Annual statistical returns and brief notes on vaccination in Bengal - 1896-1909
Year: 1896
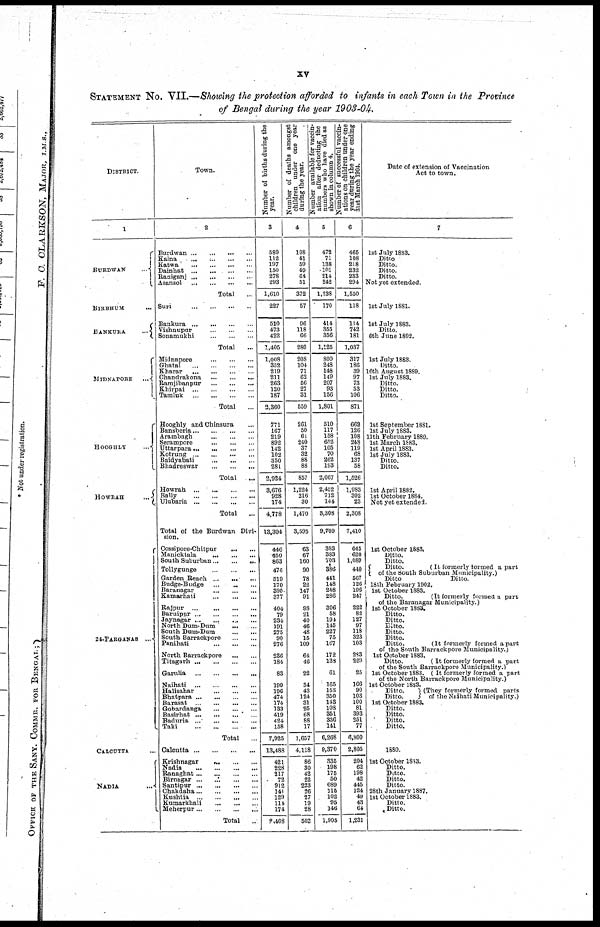
xv
STATEMENT No. VII.—Showing the protection afforded to infants in each Town in the Province
of Bengal during the year 1903-04.
DISTRICT.
1
BURDWAN
...
BIRBHUM ...
BANKURA
...
MIDNAPORE
...
HOOGHLY ...
HOWRAH
...
24-PARGANAS ...
CALCUTTA ...
NADIA ...
Town.
2
Burdwan
...
...
...
...
Kalna
...
...
...
...
Katwa
...
...
...
...
Dainhat
...
...
...
...
Raniganj
...
...
...
...
Asansol
...
...
...
...
Total ...
Suri
...
...
...
...
Bankura
...
...
...
...
Vishnupur ... ... ... ...
Sonamukhi
...
...
...
Total ...
Midnapore
...
...
...
Ghatal
...
...
...
...
Kharar
...
...
...
...
Chandrakona
...
...
...
Ramjibanpur
...
...
...
Khirpai
...
...
...
...
Tamluk
...
...
...
...
Total ...
Hooghly and Chinsura ...
Bansberia ... ... ... ...
Arambagh
...
...
...
Serampore ... ... ...
Uttarpara ... ... ... ...
Kotrung
...
...
...
...
Baidyabati
...
...
...
Bhadreswar
...
...
...
Total ...
Howrah
...
...
...
...
Bally
...
...
...
...
Ulubaria
...
...
...
...
Total ...
Total of the Burdwan Divi-
sion.
Cossipore-Chitpur
...
...
Manicktala
...
...
...
South Suburban ... ... ...
Tollygunge
...
...
...
Garden Beach ... ... ...
Budge-Budge
...
...
...
Baranagar
...
...
...
Kamarhati
...
...
...
Rajpur
...
...
...
...
Baruipur
...
...
...
Jaynagar ...
...
North Dum-Dum
... ...
South Dum-Dum
...
...
South Barrackpore ... ...
Panihati
...
...
...
North Barrackpore
Titagarh
...
...
...
...
Garulia
...
...
...
...
Naihati
...
...
...
...
Halisahar
...
...
...
Bhatpara
...
...
...
...
Barasat
...
...
...
...
Gobardanga
...
...
...
Basirhat
...
...
...
...
Baduria
...
...
...
...
Taki ... ... ... ...
Total ...
Calcutta
...
...
...
...
Krishnagar
...
...
...
Nadia
...
...
...
...
Ranaghat ... ... ... ...
Birnagar ... ... ... ...
Santipur
...
...
...
....
Chakdaha ... ... ... ...
Kushtia
...
...
...
...
Kurmarkhali
...
...
...
Meherpur ... ... ... ...
Total ...
Number of births during the
year.
3
580
112
197
150
278
293
1,610
227
510
473
422
1,405
1,008
352
219
211
263
120
187
2,360
771
167
219
892
142
102
350
281
2,924
3,676
928
174
4,778
13,304
446
450
863
476
519
170
395
377
404
79
234
191
275
90
276
236
184
83
199
196
474
174
133
419
424
158
7,925
13,488
421
228
217
72
912
141
129
114
174
2,408
Number of deaths amongst
children under one year
during the year.
4
108
41
59
49
64
51
372
57
96
118
66
280
208
104
71
62
56
27
31
559
261
50
61
240
37
32
88
88
857
1,224
216
30
1,470
3,595
63
67
160
90
78
22
147
91
98
21
40
46
48
15
109
64
46
22
34
43
124
31
25
68
88
17
1,657
4,118
86
30
42
22
223
26
27
19
28
503
ation after deducting the
numbers who have died as
shown in column 4.
5
472
71
138
101
214
242
1,238
170
414
355
356
1,125
800
248
148
149
207
93
156
1,801
510
117 158
652
105
70
262
193
2,067
2,452
712
144
3,308
9,709
383
383
703
386
441
148
248
286
306
58
194
145
227
75
167
172
133
61
165
153
350
143
108
351
336
141
6,268
9,370
335
198
175
50
689
115
102
95
146
1,905
Number of successful vaccin-
ations on children under one
year during the year ending
31st March 1904.
6
465
108
218
232
233
294
1,550
118
114
742
181
1,037
317
186
39
97
73
53
106
871
662
126
108
248
119
68
137
58
1,526
1,983
302
23
2,308
7,410
645
620
1,089
440
567
126
196
247
222
82
127
97
118
323
103
283
229
25
166
90
103
100
81
393
251
77
6,800
2,805
204
62
198
42
445
124
49
43
64
1,231
Date of extension of Vaccination
Act to town.
7
1st July 1883.
Ditto.
Ditto.
Ditto.
Ditto.
Not yet extended.
1st July 1881.
1st July 1883.
Ditto.
6th June 1892.
1st July 1883.
Ditto.
16th August 1889.
1st July 1883.
Ditto.
Ditto.
Ditto.
1st September 1881.
1st July 1883.
11th February 1889.
1st March 1883.
1st April 1883.
1st July 1883.
Ditto.
Ditto.
1st April 1882.
1st October 1884.
Not yet extended.
1st October 1883.
Ditto.
Ditto.
Ditto.
(It formerly formed a part
of the South Suburban Municipality.)
Ditto
Ditto.
18th February 1902.
1st October 1883.
Ditto.
(It formerly formed a part
of the Baranagar Municipality.)
1st October 1883.
Ditto.
Ditto.
Ditto.
Ditto.
Ditto.
Ditto.
(It formerly formed a part
of the South Barrackpore Municipality.)
1st October 1883.
Ditto.
(It formerly formed a part
of the South Barrackpore Municipality.)
1st October 1883. (It formerly formed a part
of the North Barrackpore Municipality.)
1st October 1883.
Ditto.
(They formerly formed parts
Ditto.
of the Naihati Municipality.)
1st October 1883.
Ditto.
Ditto.
Ditto.
Ditto.
1880.
1st October 1883.
Ditto.
Ditto.
Ditto.
Ditto.
28th January 1887.
1st October 1883.
Ditto.
Ditto.